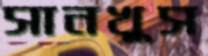
সানখুস